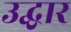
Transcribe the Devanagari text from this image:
उद्घार